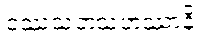
ဝဿသတသဟဿာနိ